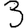
Digit: 3